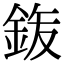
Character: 𮡴